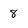
Character: 8